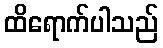
ထိရောက်ပါသည်